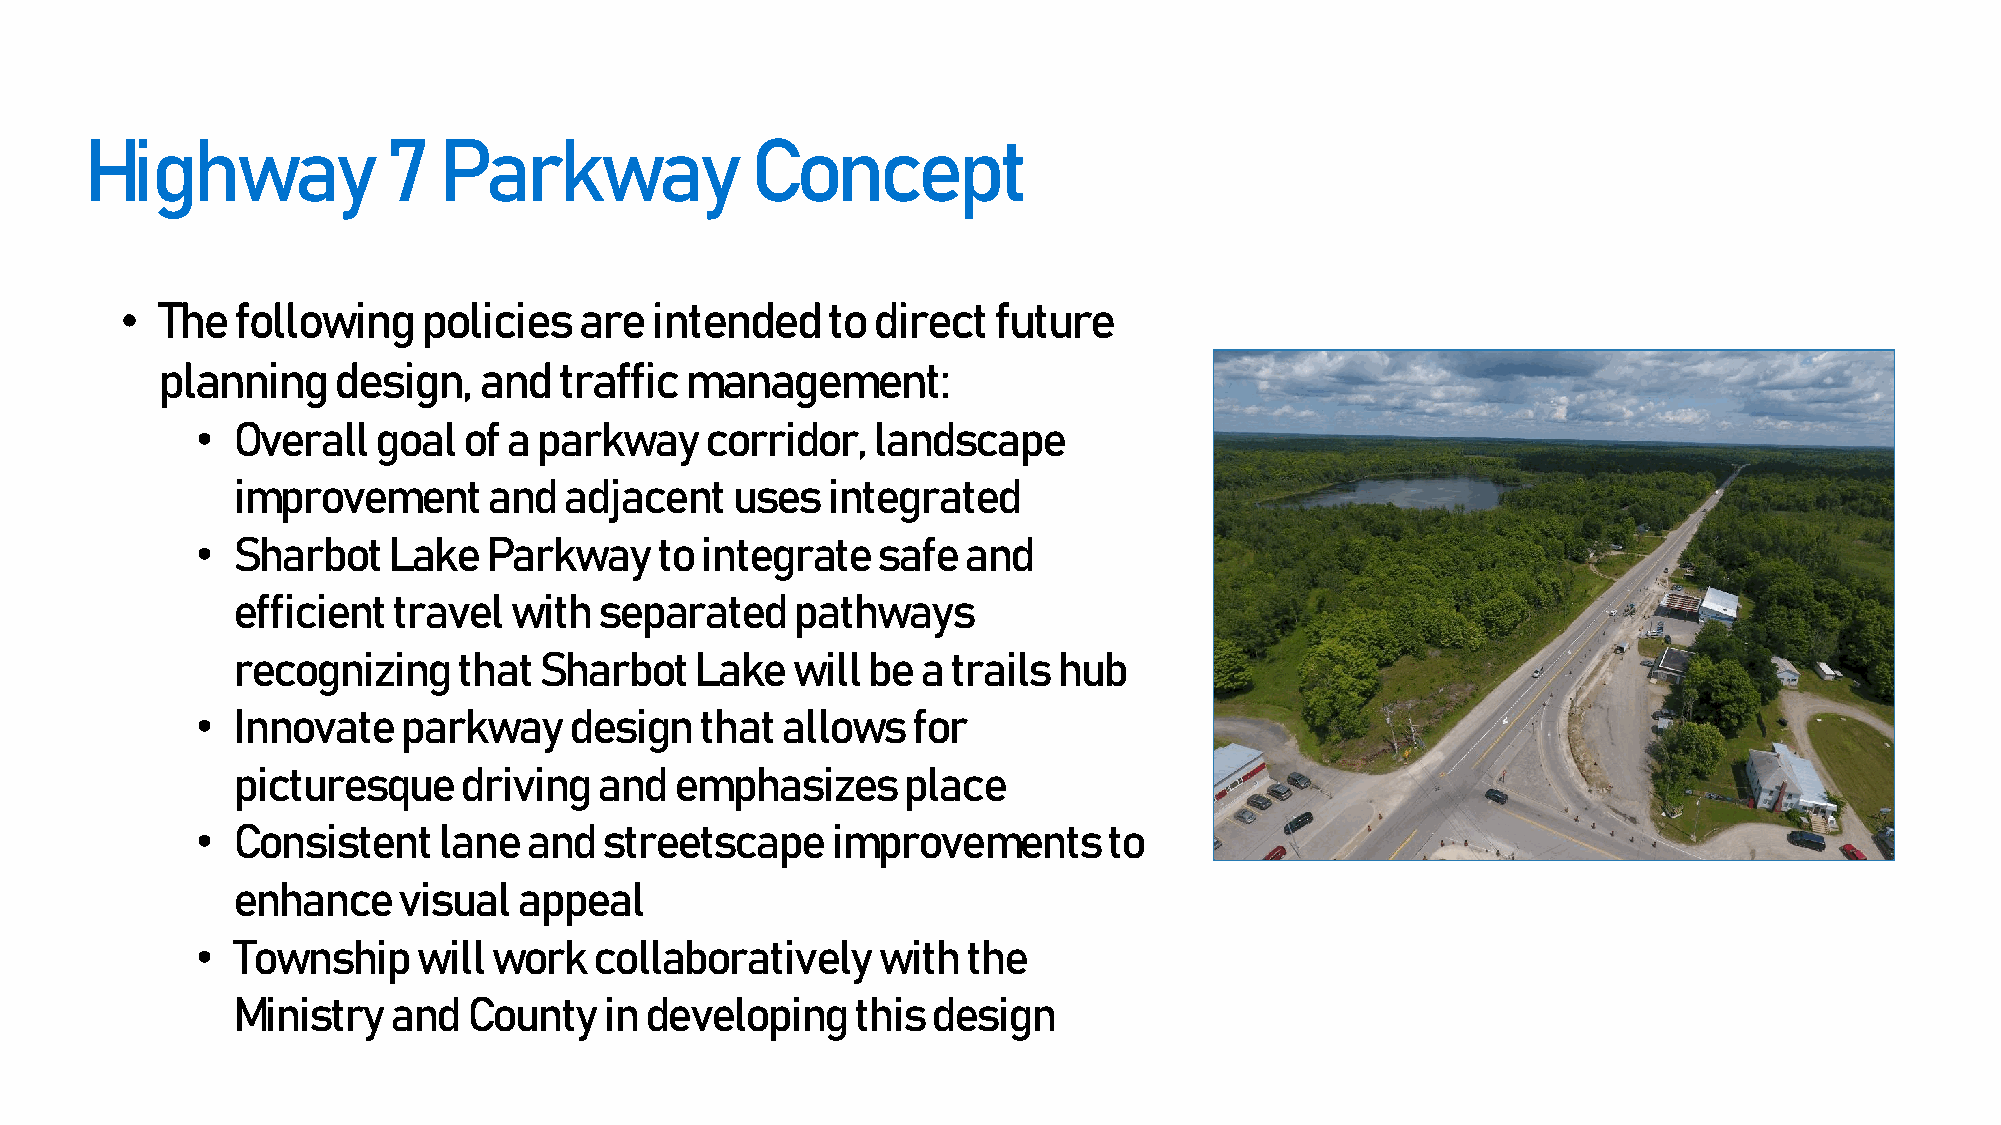
Highway             7  Parkway              Concept
 • The  following    policies  are  intended    to direct  future
 planning    design,   and  traffic management:
 • Overall   goal  of a parkway    corridor,  landscape
 improvement      and  adjacent   uses   integrated
 • Sharbot    Lake  Parkway    to integrate   safe  and
 efficient  travel  with  separated   pathways
 recognizing    that  Sharbot   Lake  will be  a trails hub
 • Innovate    parkway    design  that  allows  for
 picturesque     driving  and  emphasizes     place
 • Consistent    lane  and  streetscape    improvements      to
 enhance    visual  appeal
 • Township     will work  collaboratively    with  the
 Ministry   and  County   in developing    this design